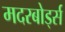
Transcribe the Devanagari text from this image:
मदरबोर्ड्स